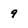
Character: 9